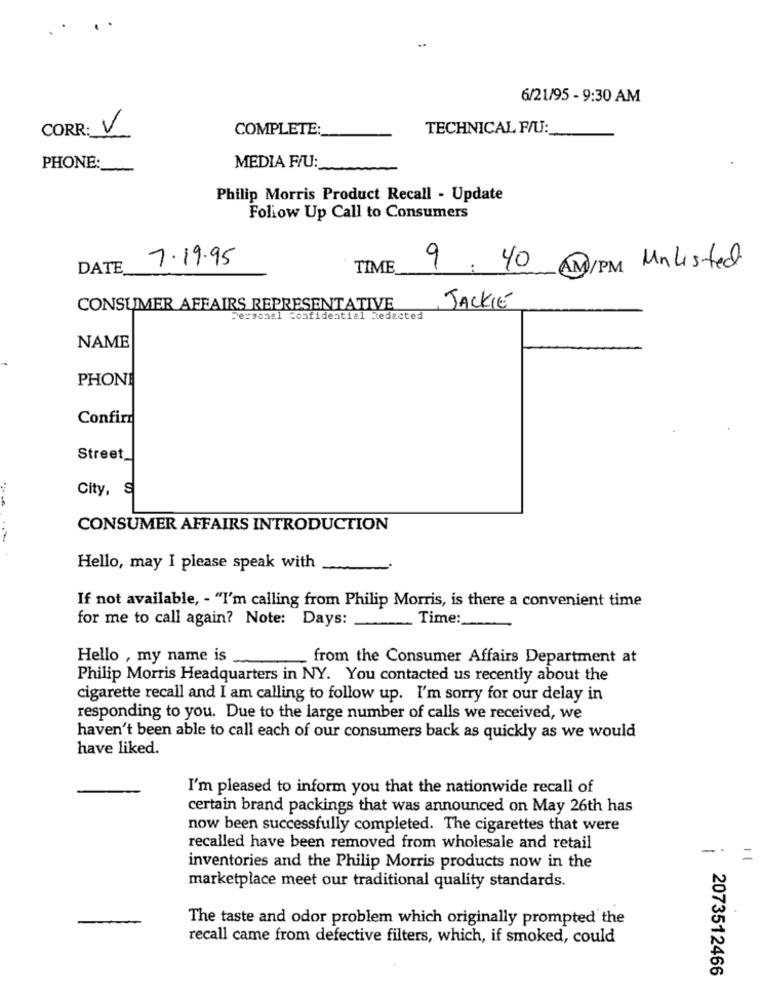
6/21/95 - 9:30 AM
CORR: V
COMPLETE:
TECHNICAL F/U:
PHONE:
MEDIA F/U :_
Philip Morris Product Recall - Update
Follow Up Call to Consumers
7.19.95
DATE
TIME
9: 40 AM/PM Unlisted
CONSUMER AFFAIRS REPRESENTATIVE
JACKIE
Personal confidential Redacted
NAME
PHONI
Confira
Street_
City, S
CONSUMER AFFAIRS INTRODUCTION
Hello, may I please speak with
If not available, - "I'm calling from Philip Morris, is there a convenient time
for me to call again? Note: Days:
Time:
-
Hello , my name is
from the Consumer Affairs Department at
Philip Morris Headquarters in NY. You contacted us recently about the
cigarette recall and I am calling to follow up. I'm sorry for our delay in
responding to you. Due to the large number of calls we received, we
haven't been able to call each of our consumers back as quickly as we would
have liked.
I'm pleased to inform you that the nationwide recall of
certain brand packings that was announced on May 26th has
now been successfully completed. The cigarettes that were
recalled have been removed from wholesale and retail
-
inventories and the Philip Morris products now in the
marketplace meet our traditional quality standards.
The taste and odor problem which originally prompted the
recall came from defective filters, which, if smoked, could
2073512466